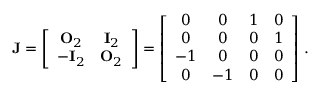
\mathbf { J } = \left[ \begin{array} { c c } { \mathbf { O } _ { 2 } } & { \mathbf { I } _ { 2 } } \\ { - \mathbf { I } _ { 2 } } & { \mathbf { O } _ { 2 } } \end{array} \right] = \left[ \begin{array} { c c c c } { 0 } & { 0 } & { 1 } & { 0 } \\ { 0 } & { 0 } & { 0 } & { 1 } \\ { - 1 } & { 0 } & { 0 } & { 0 } \\ { 0 } & { - 1 } & { 0 } & { 0 } \end{array} \right] \, .